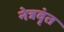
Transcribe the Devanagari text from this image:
नेत्रवृंत